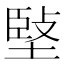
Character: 𡏃